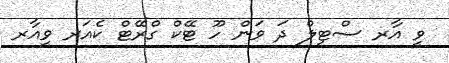
ވީ އާރ ސްޓިލް ދަ ވަން ހޫ ޓޭކް ގްރޭޓް ކެއަރ ވީއާރ